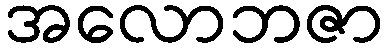
အလောဘဇာ